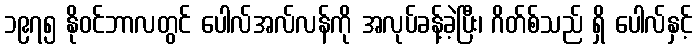
၁၉၇၅ နိုဝင်ဘာလတွင် ပေါလ်အလ်လန်ကို အလုပ်ခန့်ခဲ့ပြီး၊ ဂိတ်စ်သည် ရှိ ပေါလ်နှင့်